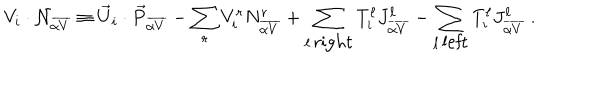
LaTeX: V _ { i } \cdot { \cal N } _ { \overline { { { \alpha V } } } } \equiv { \vec { U } } _ { i } \cdot { \vec { P } } _ { \overline { { { \alpha V } } } } - \sum _ { r } V _ { i } ^ { r } N _ { \overline { { { \alpha V } } } } ^ { r } + \sum _ { \ell : { \mathrm { r i g h t } } } T _ { i } ^ { \ell } J _ { \overline { { { \alpha V } } } } ^ { \ell } - \sum _ { \ell : { \mathrm { l e f t } } } T _ { i } ^ { \ell } J _ { \overline { { { \alpha V } } } } ^ { \ell } ~ .